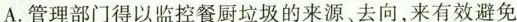
A.管理部门得以监控餐厨垃圾的来源，去向，来有效避免